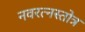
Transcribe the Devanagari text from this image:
नवरत्नस्तोत्र